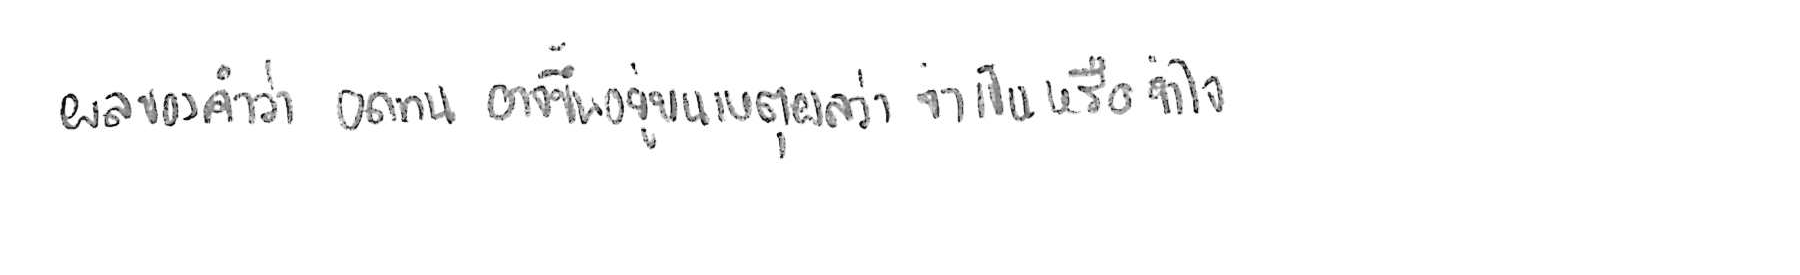
ผลของคำว่า อดทน อาจขึ้นอยู่บนเหตุผลว่า จำเป็น หรือ จำใจ